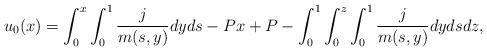
LaTeX: \begin{align*}\begin{aligned}u_0 (x )=\int_{0}^{x}\int_{0}^{1}\frac{j}{m (s,y )}dyds-Px+P-\int_0^1\int_{0}^{z}\int_{0}^{1}\frac{j}{m (s,y )}dydsdz,\end{aligned}\end{align*}